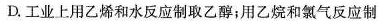
D工业上用乙烯和水反应制取乙醇;用乙烧和氯气反应制